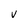
Character: V